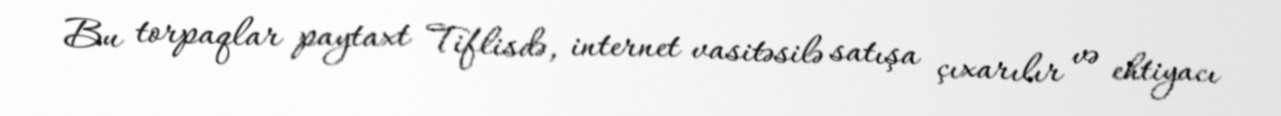
Bu torpaqlar paytaxt Tiflisdə, internet vasitəsilə satışa çıxarılır və ehtiyacı